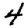
Digit: 4